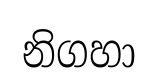
නිගහා